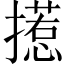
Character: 𱠺